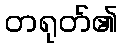
တရုတ်၏